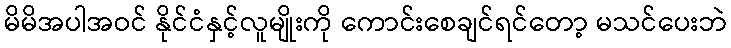
မိမိအပါအဝင် နိုင်ငံနှင့်လူမျိုးကို ကောင်းစေချင်ရင်တော့ မသင်ပေးဘဲ